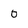
Character: 0